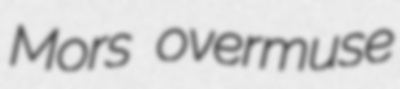
Mors overmuse